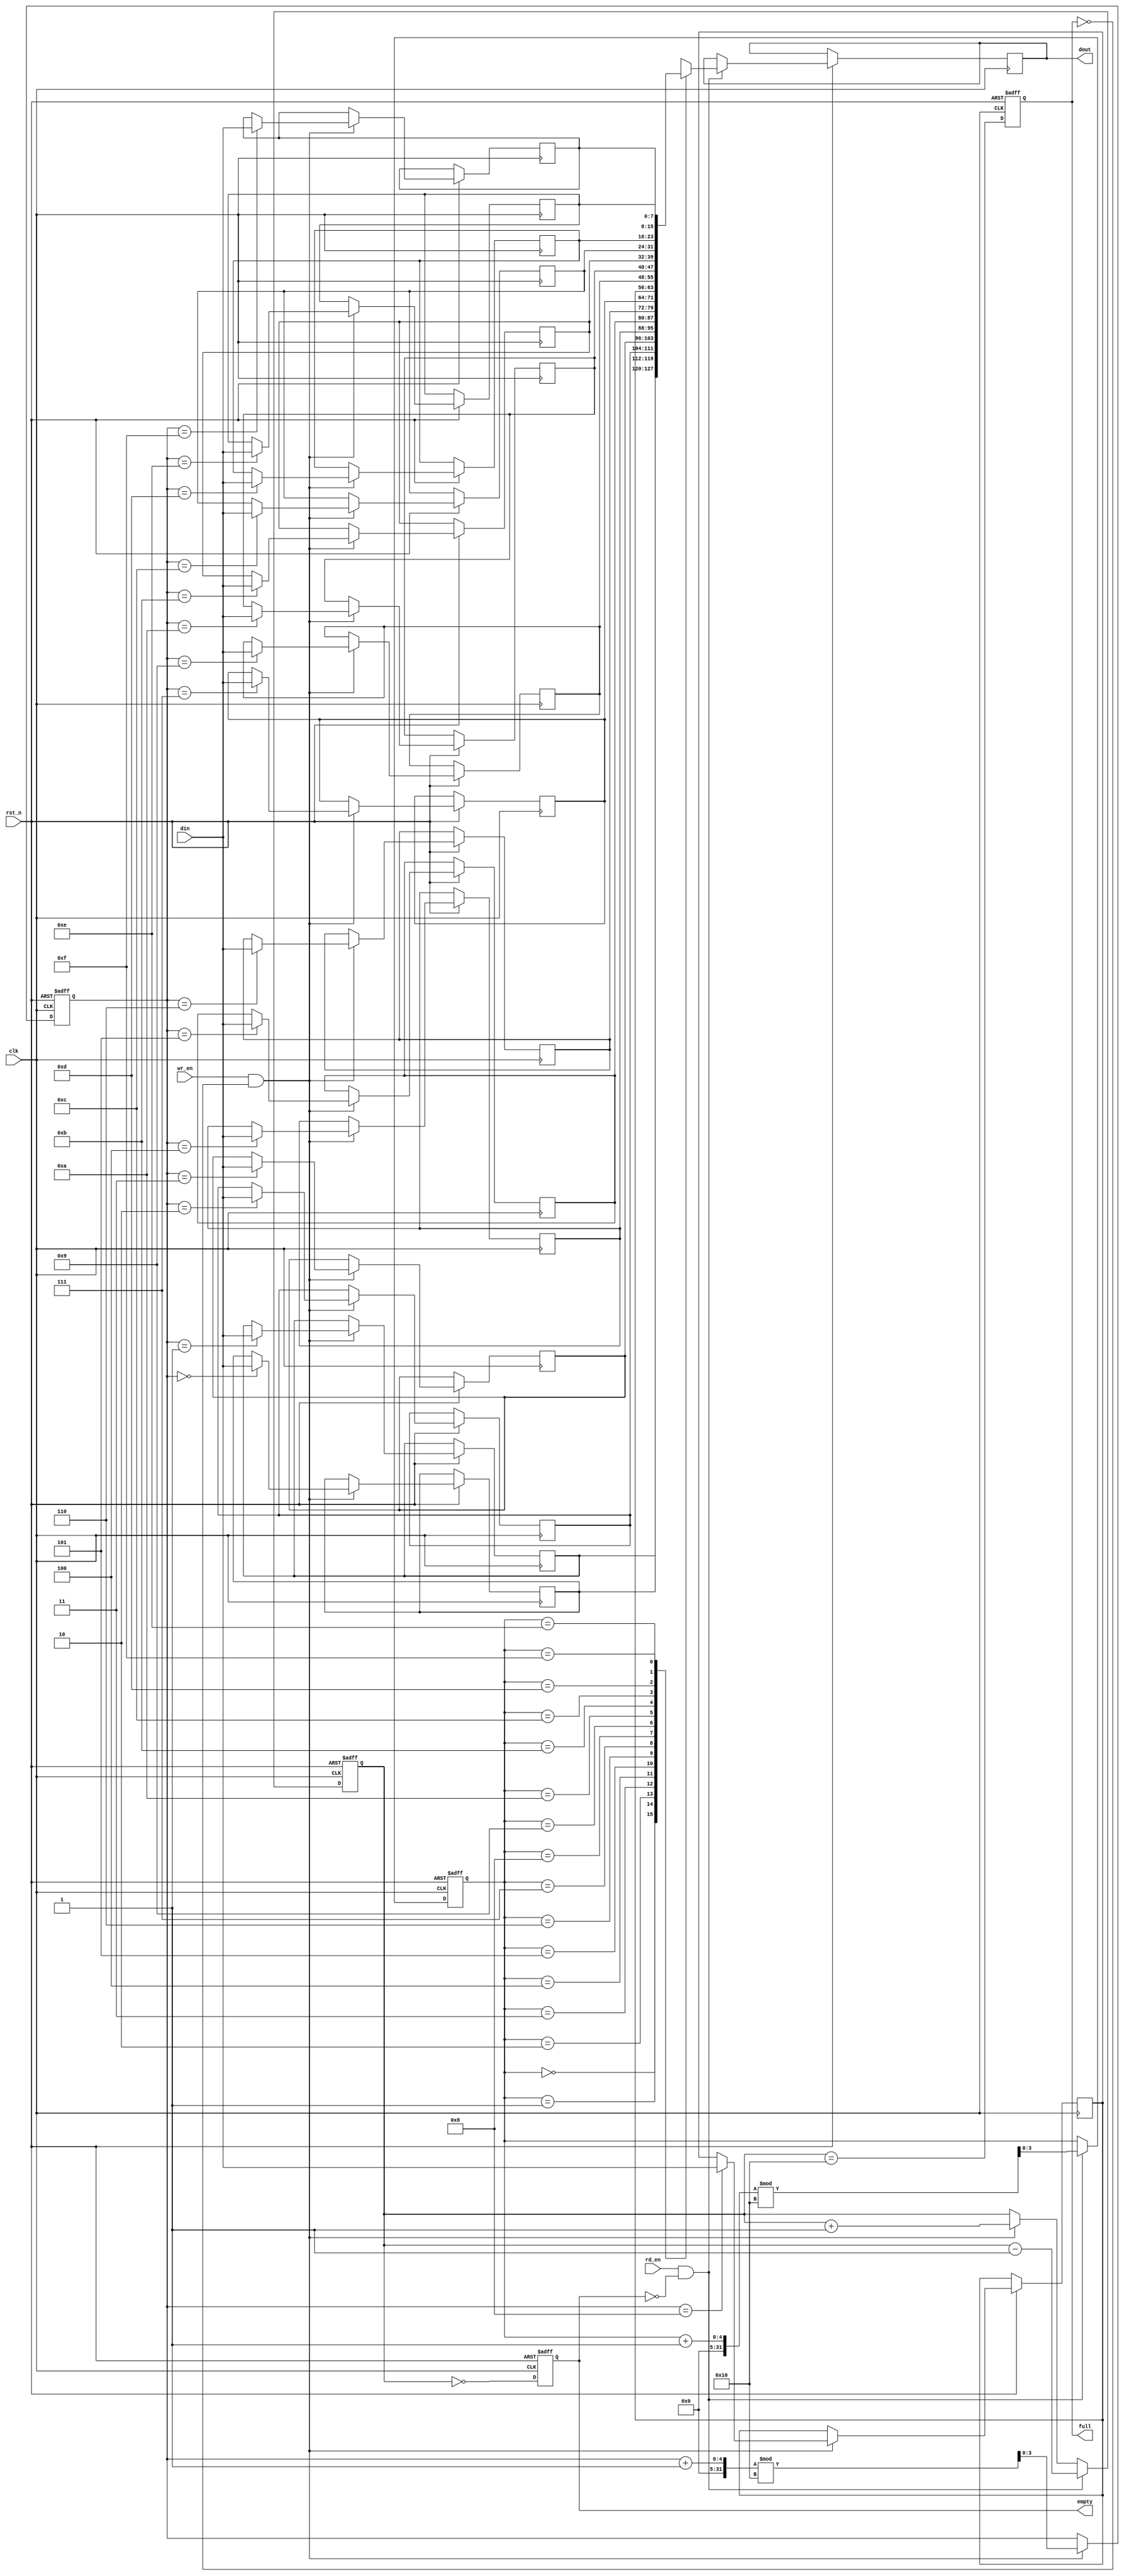
module fifo_sram #(
    parameter DEPTH = 16,       // Depth of the FIFO
    parameter WIDTH = 8         // Width of each data entry
)(
    input wire clk,             // Clock signal
    input wire rst_n,           // Asynchronous reset (active low)
    input wire wr_en,           // Write enable
    input wire rd_en,           // Read enable
    input wire [WIDTH-1:0] din, // Data input
    output reg [WIDTH-1:0] dout,// Data output
    output reg full,            // Full flag
    output reg empty            // Empty flag
);

    // Memory array for FIFO storage
    reg [WIDTH-1:0] mem [0:DEPTH-1];
    
    // Pointers for write and read
    reg [$clog2(DEPTH)-1:0] wr_ptr; // Write pointer
    reg [$clog2(DEPTH)-1:0] rd_ptr; // Read pointer
    reg [$clog2(DEPTH):0] count;     // Count of entries in FIFO

    // Asynchronous reset
    always @(posedge clk or negedge rst_n) begin
        if (!rst_n) begin
            wr_ptr <= 0;
            rd_ptr <= 0;
            count <= 0;
            full <= 0;
            empty <= 1;
        end else begin
            // Write operation
            if (wr_en && !full) begin
                mem[wr_ptr] <= din;          // Write data to memory
                wr_ptr <= (wr_ptr + 1) % DEPTH; // Increment write pointer
                count <= count + 1;         // Increment count
            end

            // Read operation
            if (rd_en && !empty) begin
                dout <= mem[rd_ptr];        // Read data from memory
                rd_ptr <= (rd_ptr + 1) % DEPTH; // Increment read pointer
                count <= count - 1;         // Decrement count
            end

            // Update full and empty flags
            full <= (count == DEPTH);
            empty <= (count == 0);
        end
    end

endmodule